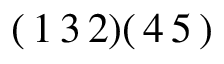
( \, 1 \, 3 \, 2 ) ( \, 4 \, 5 \, )